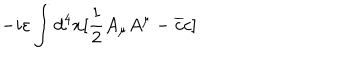
LaTeX: - i \varepsilon \int d ^ { 4 } x [ \frac { 1 } { 2 } A _ { \mu } A ^ { \mu } - \overline { { { c } } } c ]